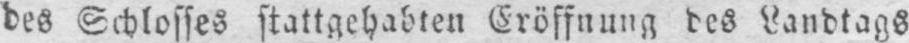
des Schlosses stattgehabten Eröffnung des Landtags